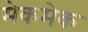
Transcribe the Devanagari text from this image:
मेकमेक